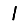
Digit: 1